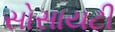
સોસાયટી